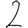
Digit: 2